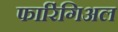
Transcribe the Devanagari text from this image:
फारिंगिअल